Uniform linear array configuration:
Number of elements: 4
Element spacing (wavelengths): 0.25
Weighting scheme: hann
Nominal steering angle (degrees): -45
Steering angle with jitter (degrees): -43.772
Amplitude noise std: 0.05
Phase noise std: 0.05

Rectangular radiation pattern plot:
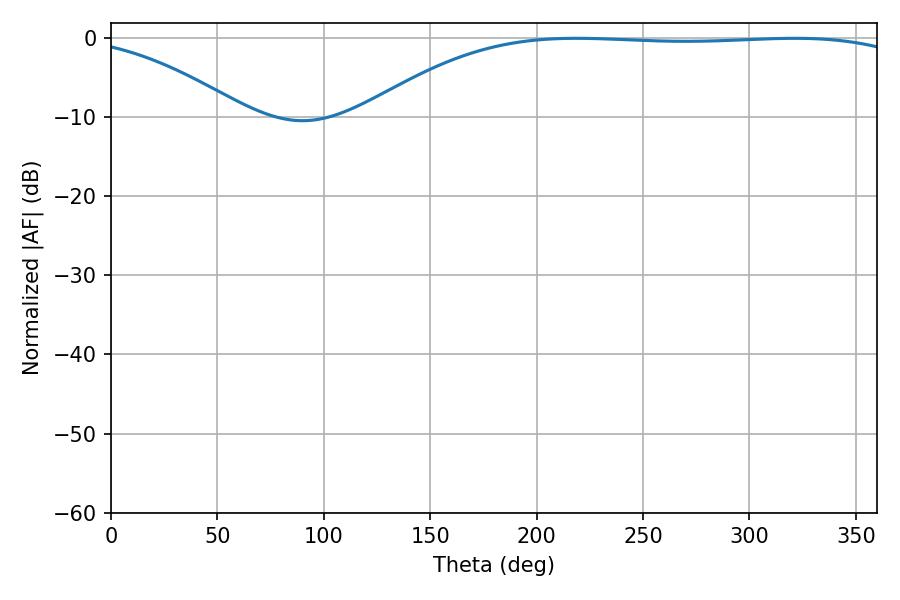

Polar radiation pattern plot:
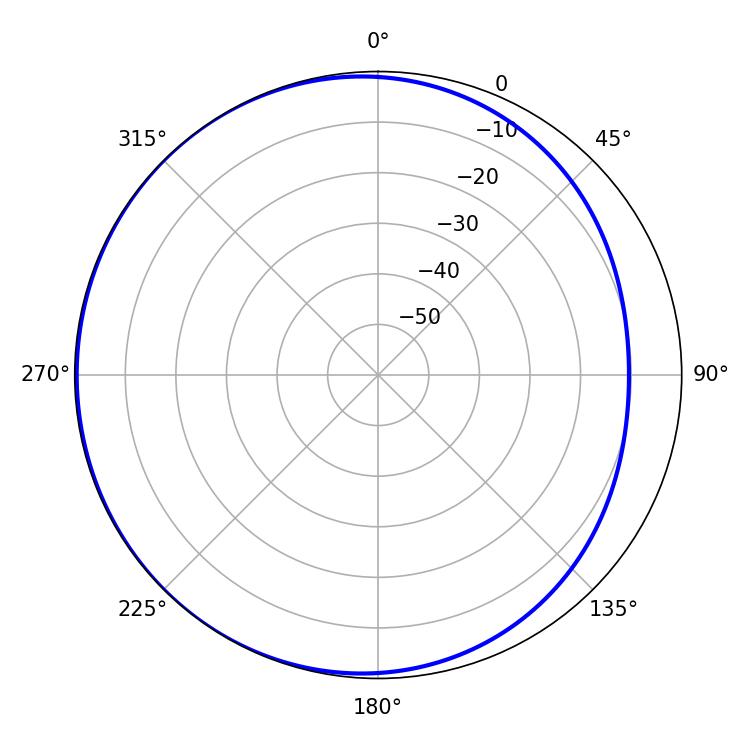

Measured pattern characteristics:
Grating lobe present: FALSE
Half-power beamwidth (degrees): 202.14
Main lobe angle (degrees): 218.7